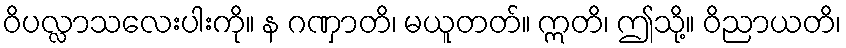
ဝိပလ္လာသလေးပါးကို။ န ဂဏှာတိ၊ မယူတတ်။ ဣတိ၊ ဤသို့။ ဝိညာယတိ၊